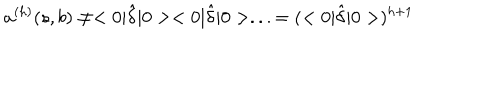
a ^ { ( h ) } ( s , b ) \neq < 0 | \hat { \delta } | 0 > < 0 | \hat { \delta } | 0 > . . . = ( < 0 | \hat { \delta } | 0 > ) ^ { h + 1 }